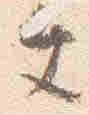
文